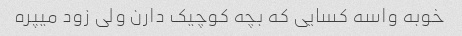
خوبه واسه کسایی که بچه کوچیک دارن ولی زود میپره